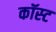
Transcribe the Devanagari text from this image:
कॉस्‍ट